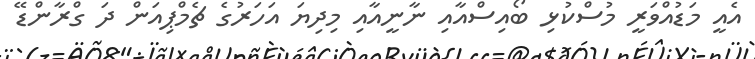
އެއީ މަޑުއްވަރީ މުސްކުޅި ބޯއިސްއާއި ނާނީއާއި މިދިޔަ އަހަރުގެ ޗެމްޕިއަން ދަ ގްރާންޑޭ